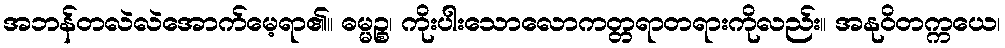
အဘန်တလဲလဲအောက်မေ့ရာ၏။ ဓမ္မဉ္စ၊ ကိုးပါးသောလောကတ္တရာတရားကိုလည်း။ အနုဝိတက္ကယေ၊